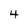
Character: 4